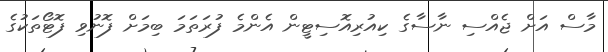
މާސް އަށް ޖެއްސި ނާސާގެ ކިއުރިއޮސިޓީން އެންމެ ފުރަތަމަ ބިމަށް ފޮނުވި ފޮޓޯތަކުގެ